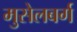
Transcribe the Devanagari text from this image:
मुसेलबर्ग